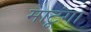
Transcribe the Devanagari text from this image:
माटूंगा